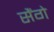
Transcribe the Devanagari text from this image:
सैंगे